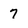
Character: 7